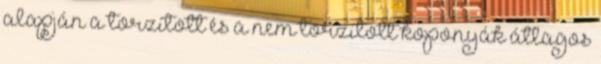
alapján a torzított és a nem torzított koponyák átlagos